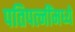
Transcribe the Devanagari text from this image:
पतिपत्‍नींमध्ये